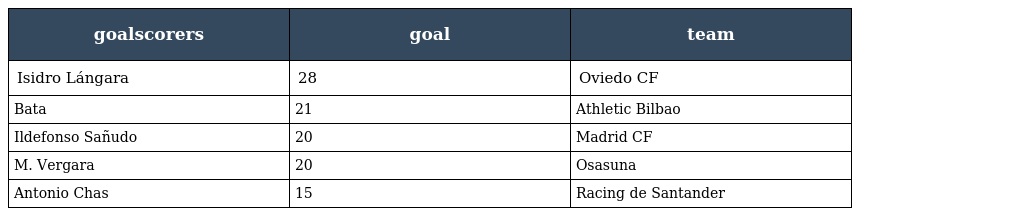
| goalscorers | goal | team |
 | --- | --- | --- |
 | Isidro Lángara | 28 | Oviedo CF |
 | Bata | 21 | Athletic Bilbao |
 | Ildefonso Sañudo | 20 | Madrid CF |
 | M. Vergara | 20 | Osasuna |
 | Antonio Chas | 15 | Racing de Santander |